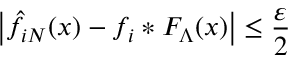
\left| \hat { f } _ { i N } ( x ) - f _ { i } * F _ { \Lambda } ( x ) \right| \le \frac { \varepsilon } { 2 }